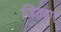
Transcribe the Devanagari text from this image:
जितवाए